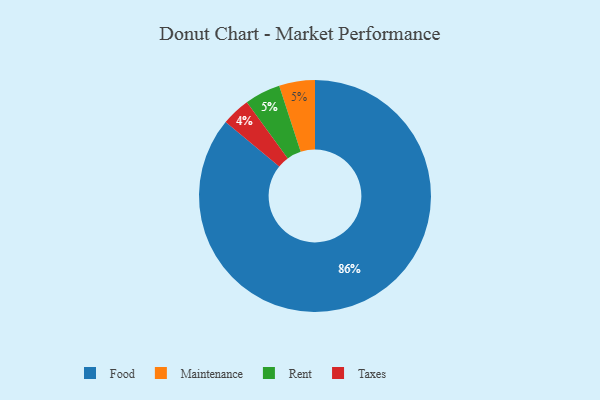
{"axis": {"x": "Category", "y": "Percentage"}, "legend": ["Food", "Maintenance", "Rent", "Taxes"], "data": [{"x": "Food", "y": 86, "type": "Food"}, {"x": "Maintenance", "y": 5, "type": "Maintenance"}, {"x": "Taxes", "y": 4, "type": "Taxes"}, {"x": "Rent", "y": 5, "type": "Rent"}]}